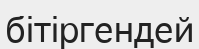
бітіргендей